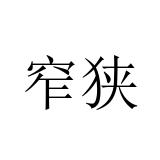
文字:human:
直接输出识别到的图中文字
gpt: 窄狭